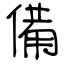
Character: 備